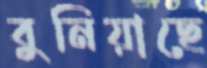
বুনিয়াছে